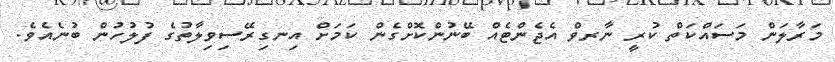
މަރާލަން މަސައްކަތް ކުރީ ނާރވް އެޖެންޓެއް ބޭނުންކޮށްގެން ކަމަށް އިނގިރޭސިވިލާތުގެ ފުލުހުން ބުނެއެވެ.